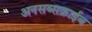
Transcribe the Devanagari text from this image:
अनसब्सक्राईब